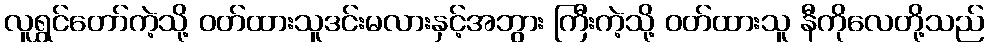
လူရွှင်တော်ကဲ့သို့ ဝတ်ထားသူဒင်းမလားနှင့်အဘွား ကြီးကဲ့သို့ ဝတ်ထားသူ နီကိုလေတို့သည်